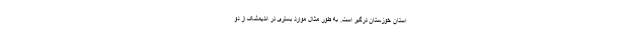
استان خوزستان درگیر است. به طور مثال موارد بستری در اندیمشک از دو